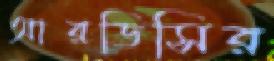
আরডিসির